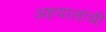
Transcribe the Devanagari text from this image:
अहवालांची